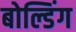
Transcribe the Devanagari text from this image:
बोल्डिंग